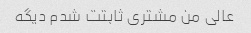
عالی من مشتری ثابتت شدم دیگه